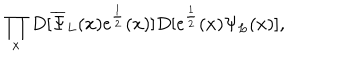
LaTeX: \prod _ { x } D [ { \overline { { \Psi } } } _ { L } ( x ) e ^ { \frac { 1 } { 2 } } ( x ) ] D [ e ^ { \frac { 1 } { 2 } } ( x ) \Psi _ { L } ( x ) ] ,